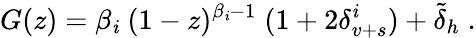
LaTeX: G(z)=\beta_{\mathit{i}}\; (1-z)^{\beta_{\mathit{i}}-1}\; (1+2\delta_{v+s}^{\mathit{i}})+\tilde{{\delta}}_{h}\; .